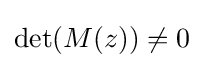
\det(M(z))\neq 0